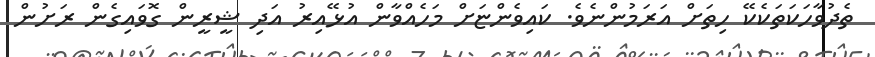
ތެދުވާހަކަތަކެކޭ ހިތަށް އަރަމުންނެވެ. ކައިވެންޏަށް މަހެއްވާން އުޅޭއިރު އަދި ޝީރީން ގޮވައިގެން ރަށުން